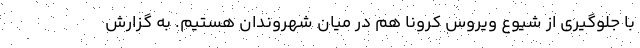
با جلوگیری از شیوع ویروس کرونا هم در میان شهروندان هستیم. به گزارش